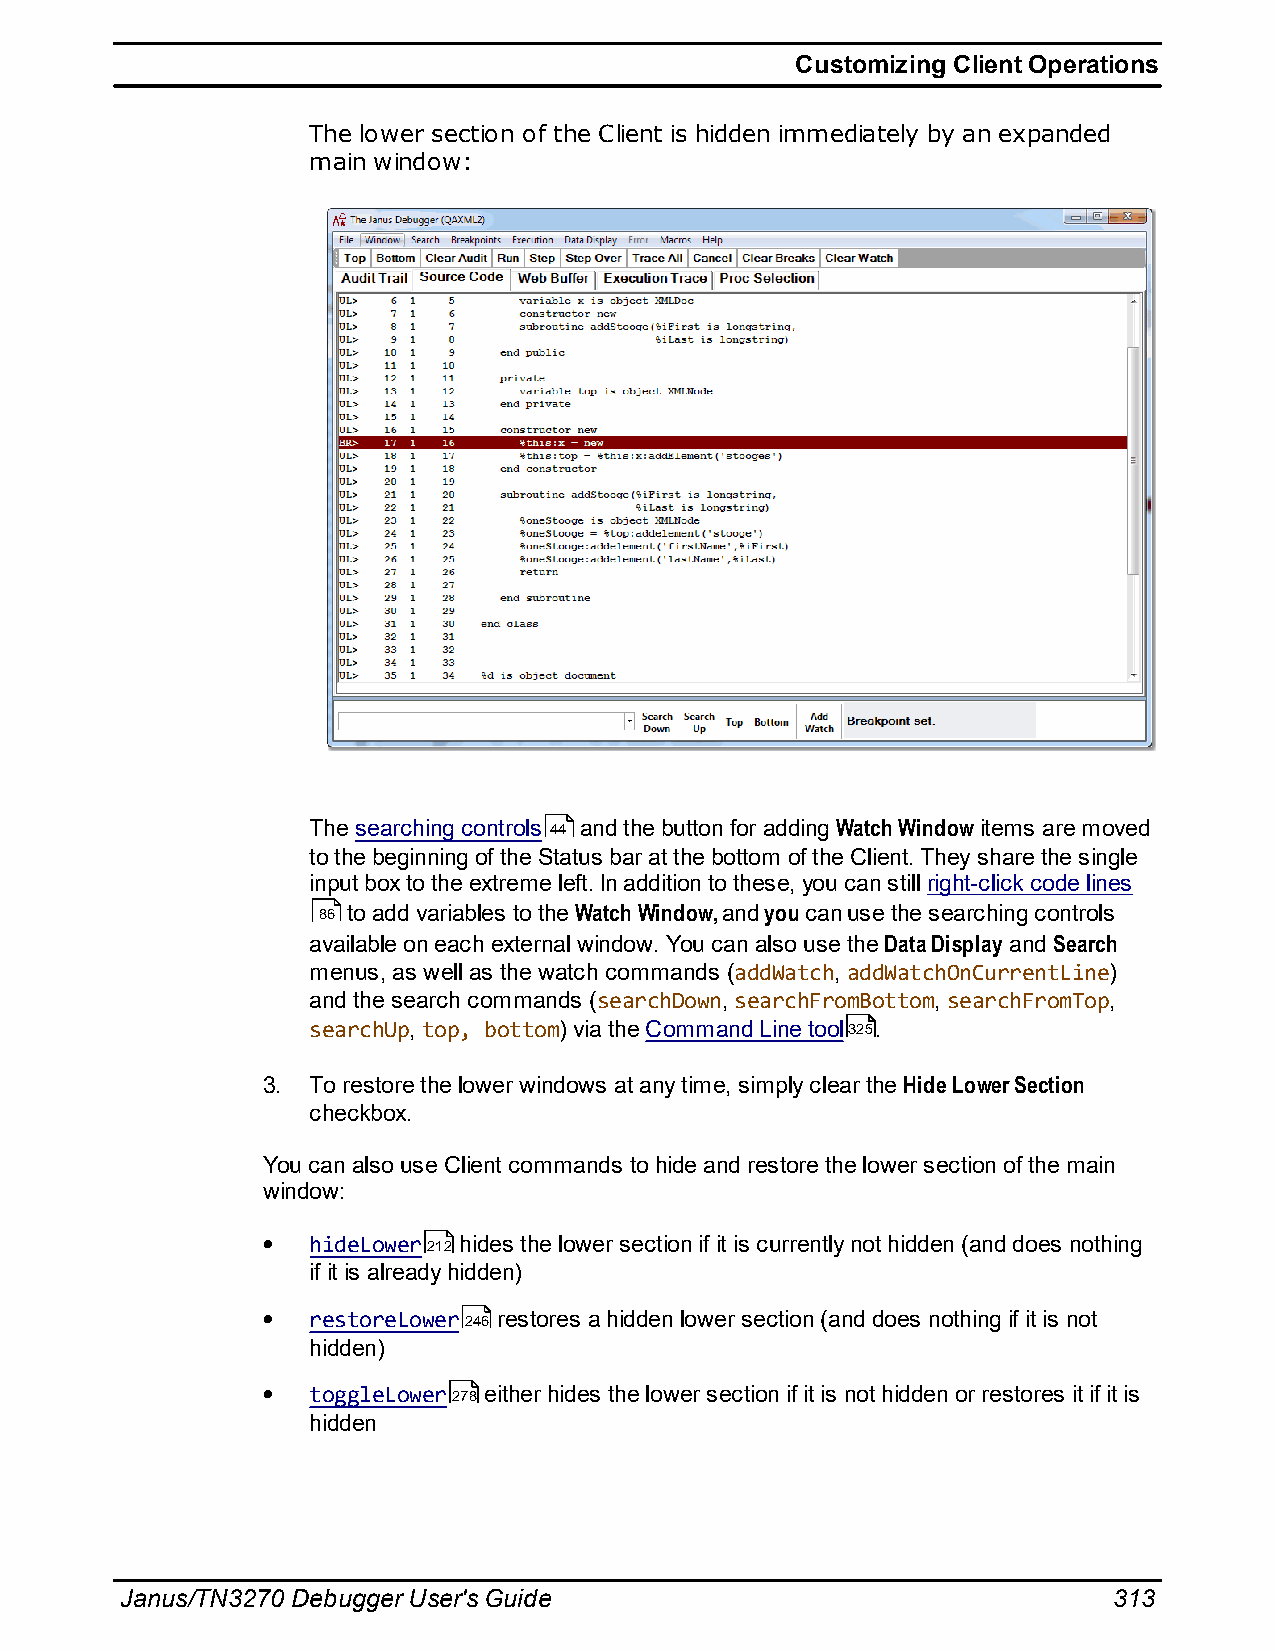
Customizing Client Operations
 The lower section of the Client is hidden immediately by an expanded
 main window:
 The searching controls 44 and the button for adding Watch Window items are moved
 to the beginning of the Status bar at the bottom of the Client. They share the single
 input box to the extreme left. In addition to these, you can still right-click code lines
 86 to add variables to the Watch Window, and you can use the searching controls
 available on each external window. You can also use the Data Display and Search
 menus, as well as the watch commands (addWatch, addWatchOnCurrentLine)
 and the search commands (searchDown, searchFromBottom, searchFromTop,
 searchUp, top, bottom) via the Command Line tool325.
 3. To restore the lower windows at any time, simply clear the Hide Lower Section
 checkbox.
 You can also use Client commands to hide and restore the lower section of the main
 window:
 hideLower212 hides the lower section if it is currently not hidden (and does nothing
 if it is already hidden)
 restoreLower246 restores a hidden lower section (and does nothing if it is not
 hidden)
 toggleLower278 either hides the lower section if it is not hidden or restores it if it is
 hidden
 Janus/TN3270 Debugger User's Guide                                313